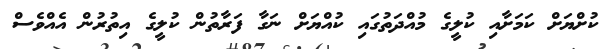
ކުށްޔަށް ކަމަށާއި ކުލީގެ މުއްދަތުގައި ކުއްޔަށް ނަގާ ފަރާތުން ކުލީގެ އިތުރުން އެއްވެސް